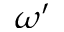
\omega ^ { \prime }